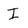
Character: I